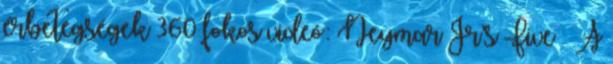
érbetegségek 360 fokos videó: Neymar Jr’s Five – A